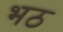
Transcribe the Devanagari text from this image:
भठ